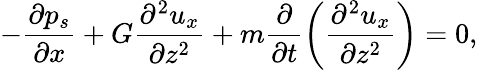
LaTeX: -\frac{\partial p_{s}}{\partial x}+G\frac{\partial^{2}{u_{x}}}{\partial z^{2}}+m\frac{\partial}{\partial t}\left(\frac{\partial^{2}u_{x}}{\partial z^{2}}\right)=0,